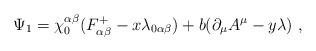
\begin{align*}\Psi _1=\chi _0^{\alpha \beta }(F^+_{\alpha\beta }-x\lambda _{0\alpha \beta })+b(\partial _\mu A^\mu-y\lambda )\ ,\end{align*}